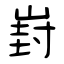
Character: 崶